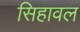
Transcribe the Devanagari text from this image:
सिहावल